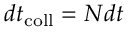
d t _ { \mathrm { c o l l } } = N d t